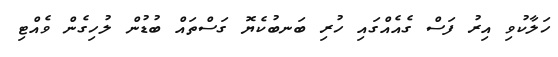
ހަލާކުވި އިރު ފަސް ގެއެއްގައި ހުރި ބަނބުކެޔޮ ގަސްތައް ބުޑުން ލުހިގެން ވެއްޓި